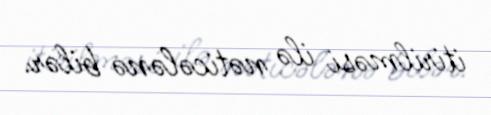
itirilməsi ilə nəticələnə bilər.